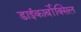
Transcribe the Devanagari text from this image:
डाईकार्बोक्सिल